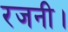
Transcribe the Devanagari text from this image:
रजनी।